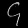
Digit: ၄